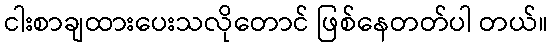
ငါးစာချထားပေးသလိုတောင် ဖြစ်နေတတ်ပါ တယ်။